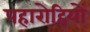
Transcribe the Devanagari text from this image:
पहारोहियों